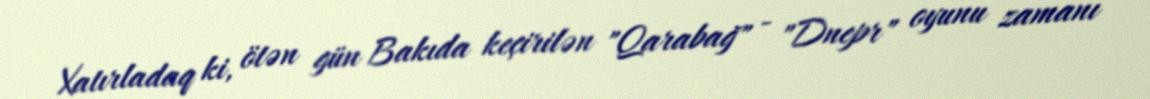
Xatırladaq ki, ötən gün Bakıda keçirilən "Qarabağ" - "Dnepr" oyunu zamanı